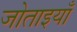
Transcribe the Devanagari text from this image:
जोताइयाँ